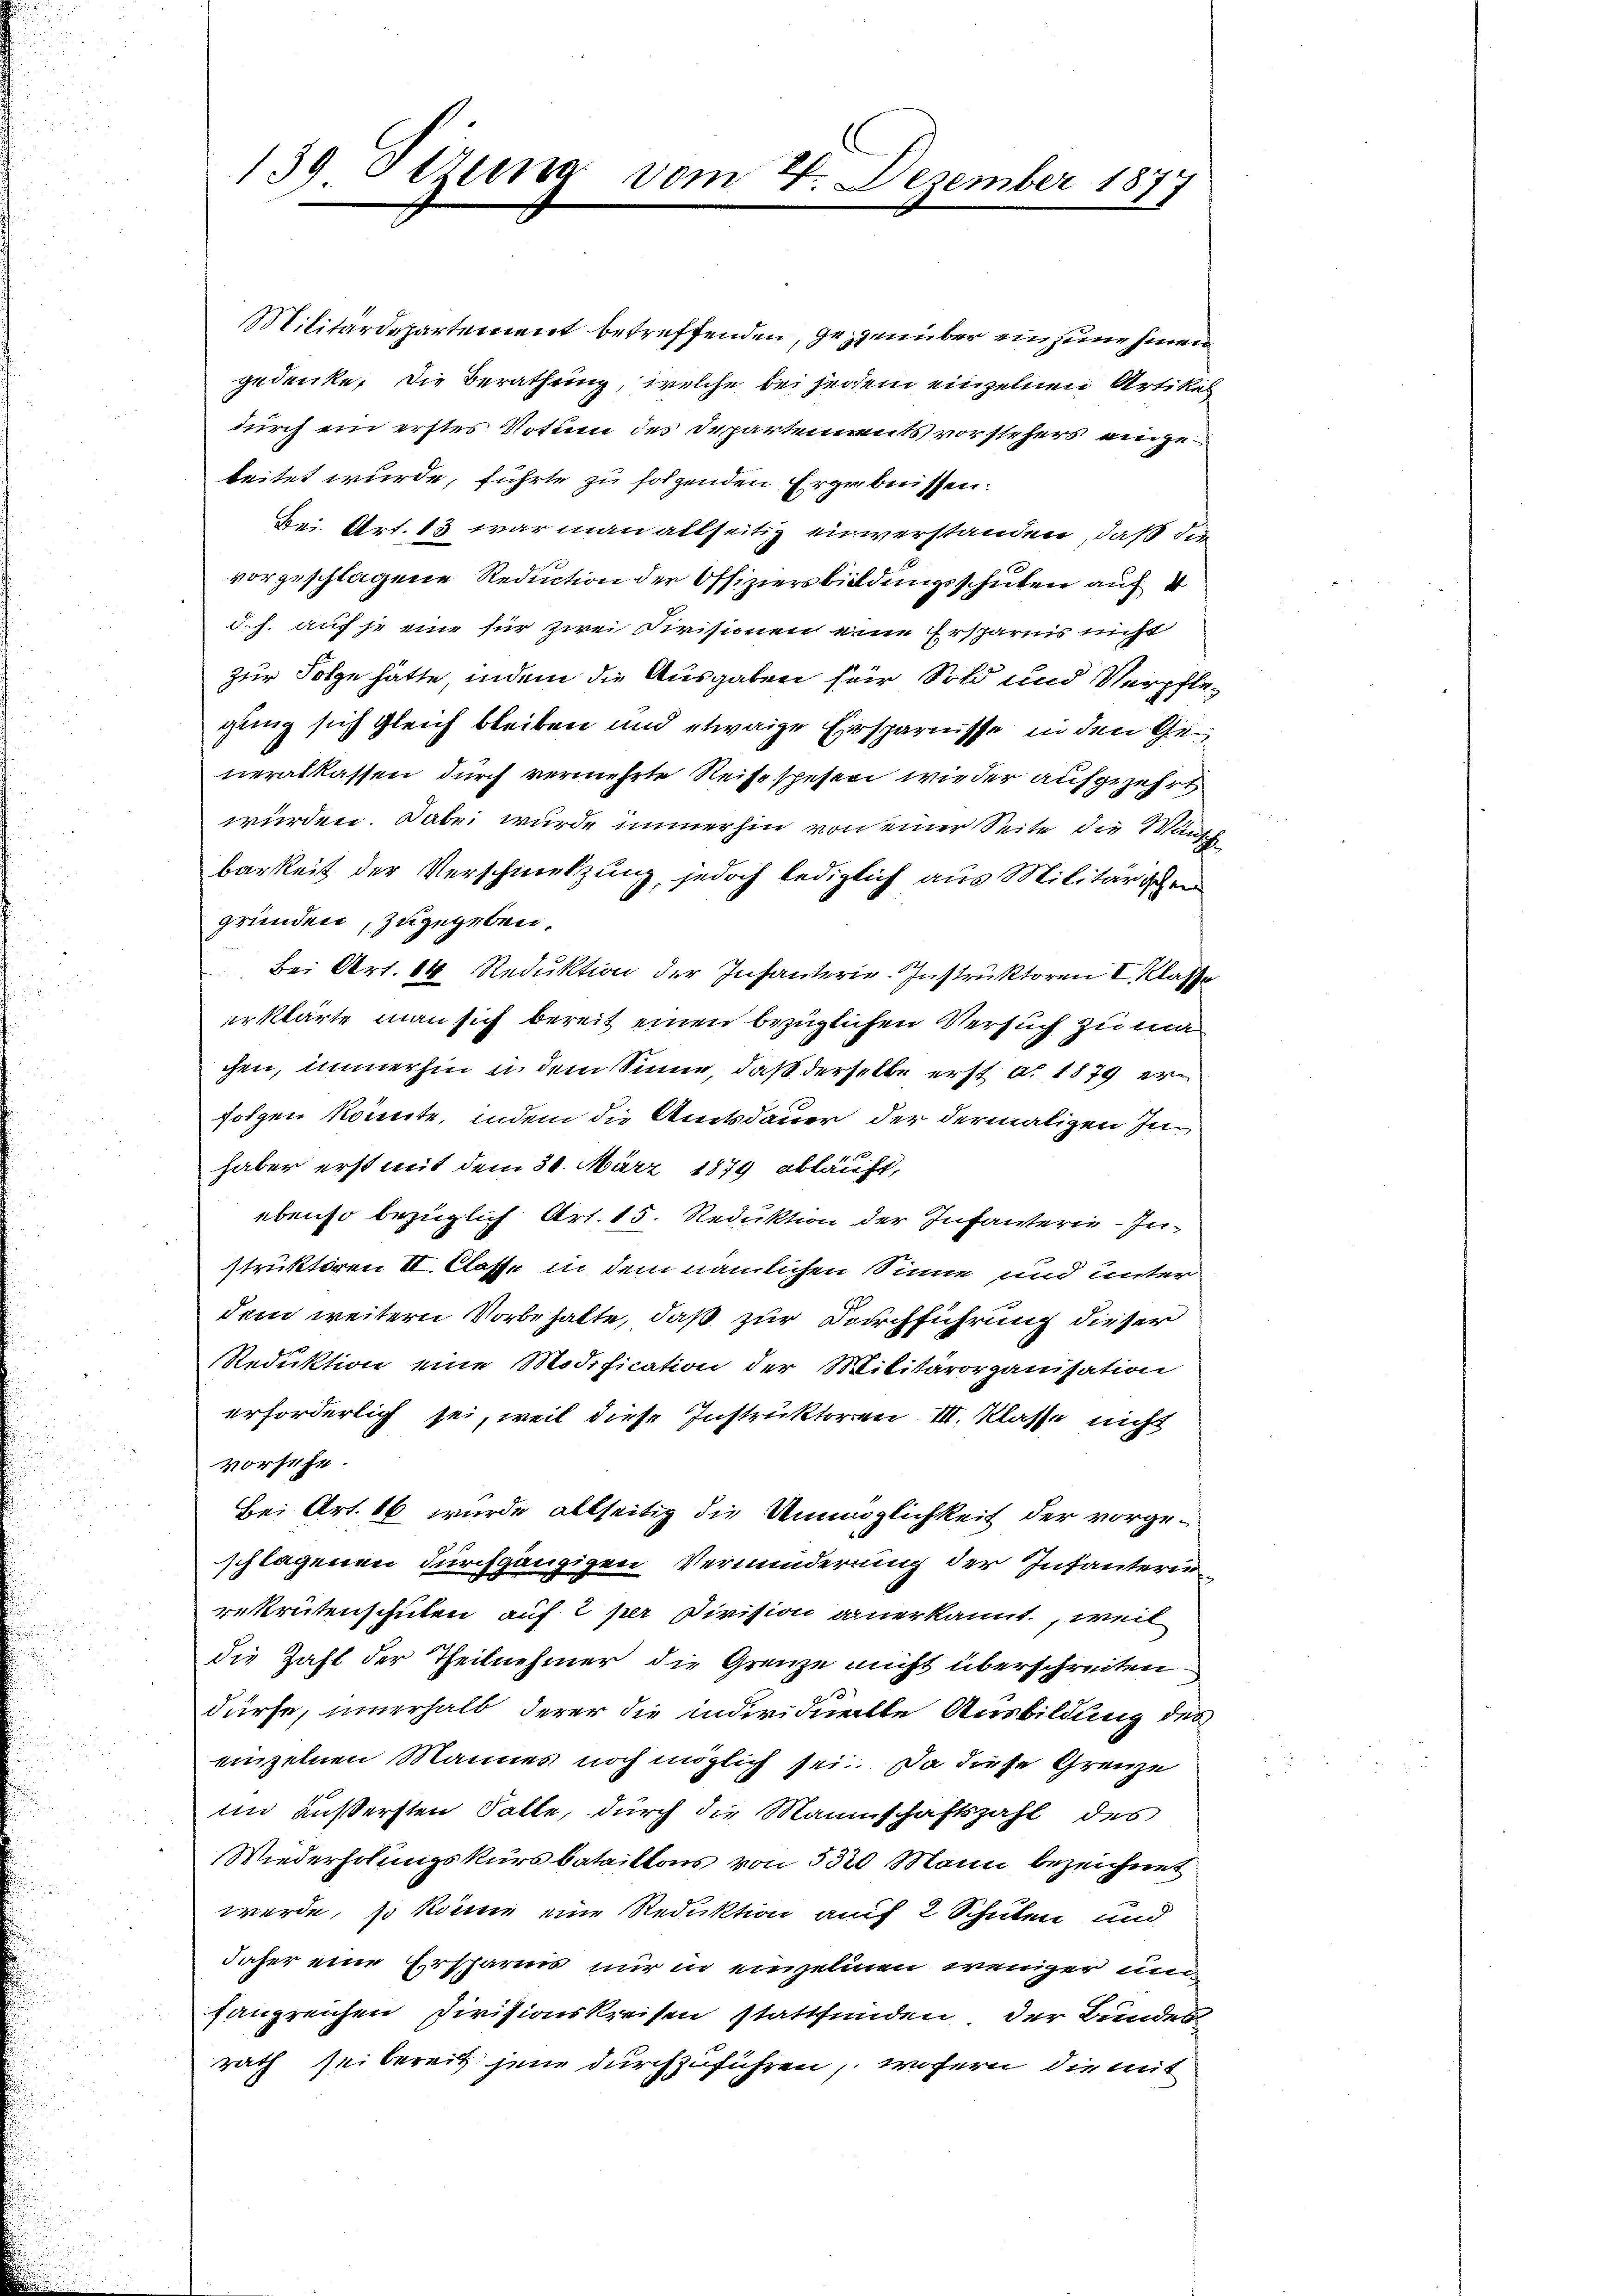
139. Sizung

Militärdepartement betreffenden, gegenüber ein jene hinein
gedenke, die Berathung, welche bei jedem einzelnen Artikel
durch ein erstes Votum des Departements vorstehers eingeteitet wurde, führte zu folgenden Ergebnissen:
Bei. Art. 13 war man allseitig einverstanden, daß der
vorgeschlagene Reduction der Offiziersbildungsschulen auf 4
d. h. auf je eine für zwei Divisionen eine Ersparnis nicht
zur Folge hätte, indem die Ausgaben für Sold und Verpflegung sich gleich bleiben und etwaige Ersparnisse in den Generalkassen durch vermehrte Reisospesen wieder aufgezehrt
würden. Dabei wurde immerhin von einer Seite die Waadt
barkeit der Verschmetzung, jedoch lediglich aus Militärischen
gründen, zugegeben.
Bei Art. 14 Reduktion der Infanterie-Instruktoren I Klasse
erklärte man sich bereit einen bezüglichen Versuch zu machen, immerhin in dem Sinne, daß derselbe erst d. 1879 erfolgen könnte, indem die Amtsdauer der dermaligen Inhaber erst mit dem 31. März 1879 abläuft,
ebenso bezüglich Art. 15. Reduktion der Infanterie-Instruktoren II. Classe in dem nämlichen Sinne und unter
dem weitern Vorbehalte, daß zur Durchführung dieser
Reduktion eine Modification der Militärorganisation
erforderlich sei, weil diese Instruktoren III. Klasse nicht
Vorsehe
Bei Art. 16 wurde allseitig die Unmöglichkeit der vorgeschlagenen durchgängigen Verminderung der Infanterierekrutenschulen auf 2 per Division anerkannt, weil
die Zahl der Theilnehmer die Grenze nicht überschreiten
dürfe, innerhalb derer die individuelle Ausbildung des
einzelnen Mannes noch möglich sei. Da diese Grenze
in äußersten Falle, durch die Mannschaftszahl des
Wiederholungskursbatailtons von 5320 Mann bezeichnet
werde, so könne eine Reduktion auf 2 Schulen und
daher eine Ersparnis nur in einzelnen weniger une
fangreichen Divisionskreisen stattfinden der Bunden
rath sei bereit jene durchzuführen, wofern die mit

vom 2. Dezember 1877